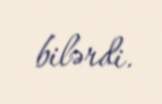
bilərdi.